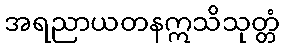
အရညာယတနဣသိသုတ္တံ